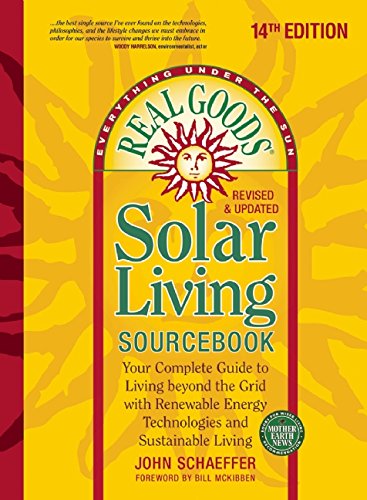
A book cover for Real Goods Solar Living Sourcebook: Your Complete Guide to Living beyond the Grid with Renewable Energy Technologies and Sustainable Living; John Schaeffer; Arts & Photography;